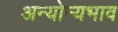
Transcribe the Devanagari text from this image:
अन्योन्यभाव